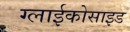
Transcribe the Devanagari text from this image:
ग्लाईकोसाइड